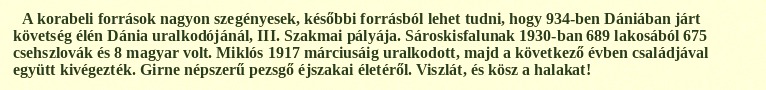
A korabeli források nagyon szegényesek, későbbi forrásból lehet tudni, hogy 934-ben Dániában járt követség élén Dánia uralkodójánál, III. Szakmai pályája. Sároskisfalunak 1930-ban 689 lakosából 675 csehszlovák és 8 magyar volt. Miklós 1917 márciusáig uralkodott, majd a következő évben családjával együtt kivégezték. Girne népszerű pezsgő éjszakai életéről. Viszlát, és kösz a halakat!